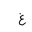
Letter: _gayn